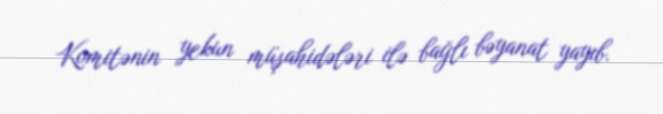
Komitənin yekun müşahidələri ilə bağlı bəyanat yayıb.